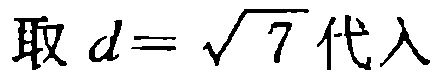
取 \(d = \sqrt{7}\) 代入